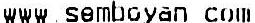
WWW.SEMBOYAN.COM